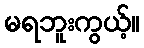
မရဘူးကွယ့်။